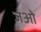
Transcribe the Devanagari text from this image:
जओ